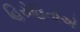
હિરોહિતોએ